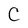
Character: C